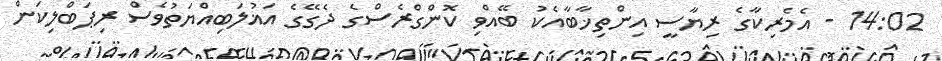
14:02 - އެމެރިކާގެ ރިޔާސީ އިންތިޚާބާއެކު ބޭއްވި ކޮންގްރެސްގެ ދެގޭގެ އަޣުލަބިއްޔަތުވެސް ރިޕަބްލިކަން